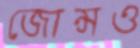
জোন্সও